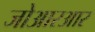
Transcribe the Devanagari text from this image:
जोआरआर